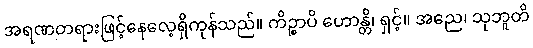
အရဏတရားဖြင့်နေလေ့ရှိကုန်သည်။ ကိဉ္စာပိ ဟောန္တိ၊ ရှင့်။ အညေ၊ သုဘူတိ